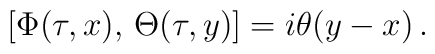
[\Phi(\tau,x),\, \Theta(\tau,y)] = i\theta(y-x)\,.